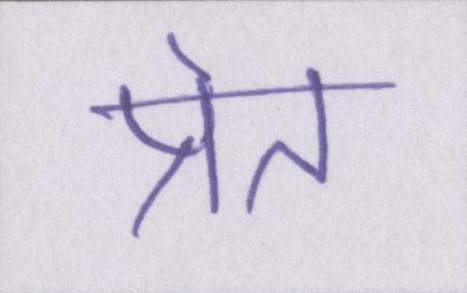
प्रेत